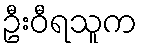
ဦးဝီရသူက